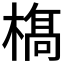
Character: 𣘺